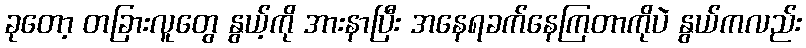
ခုတော့ တခြားလူတွေ နွယ့်ကို အားနာပြီး အနေရခက်နေကြတာကိုပဲ နွယ်ကလည်း